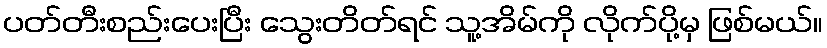
ပတ်တီးစည်းပေးပြီး သွေးတိတ်ရင် သူ့အိမ်ကို လိုက်ပို့မှ ဖြစ်မယ်။